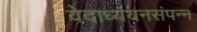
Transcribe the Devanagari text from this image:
वेदाध्ययनसंपन्न